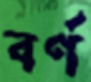
বর্ণ